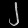
Digit: ၂